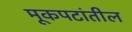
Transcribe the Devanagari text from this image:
मूकपटांतील